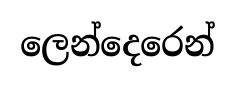
ලෙන්දෙරෙන්